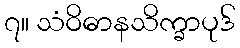
၇။ သံဝိဓာနသိက္ခာပုဒ်